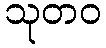
သုတဝ